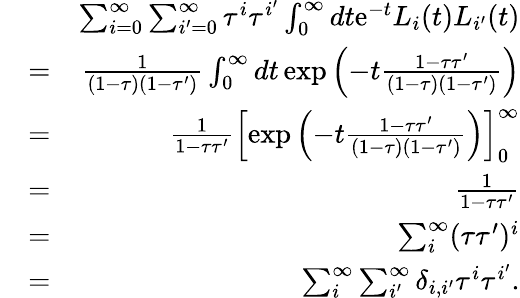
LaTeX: \begin{array}{rlr}&{}&{\sum_{i=0}^{\infty}\sum_{i^{\prime}=0}^{\infty}\tau^{i}\tau^{i^{\prime}}\int_{0}^{\infty}dt\mathrm{e}^{-t}L_{i}(t)L_{i^{\prime}}(t)}\\ &{=}&{\frac{1}{(1-\tau)(1-\tau^{\prime})}\int_{0}^{\infty}dt\exp\left(-t\frac{1-\tau\tau^{\prime}}{(1-\tau)(1-\tau^{\prime})}\right)}\\ &{=}&{\frac{1}{1-\tau\tau^{\prime}}\left[\exp\left(-t\frac{1-\tau\tau^{\prime}}{(1-\tau)(1-\tau^{\prime})}\right)\right]_{0}^{\infty}}\\ &{=}&{\frac{1}{1-\tau\tau^{\prime}}}\\ &{=}&{\sum_{i}^{\infty}(\tau\tau^{\prime})^{i}}\\ &{=}&{\sum_{i}^{\infty}\sum_{i^{\prime}}^{\infty}\delta_{i,i^{\prime}}\tau^{i}\tau^{i^{\prime}}.}\end{array}